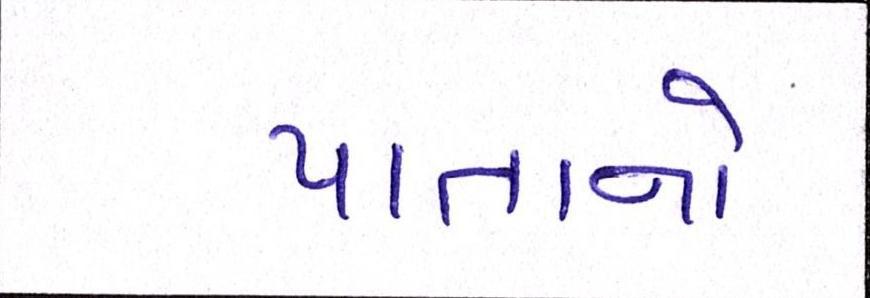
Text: પાતાનો